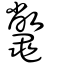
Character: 鼈